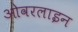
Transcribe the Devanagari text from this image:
ओवरलाइन